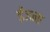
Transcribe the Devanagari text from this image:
ईजना